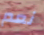
نعم